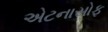
એટનાસોફ